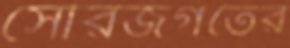
সৌরজগতের